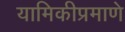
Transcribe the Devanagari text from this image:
यामिकीप्रमाणे